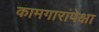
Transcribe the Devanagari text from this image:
कामगारांपेक्षा